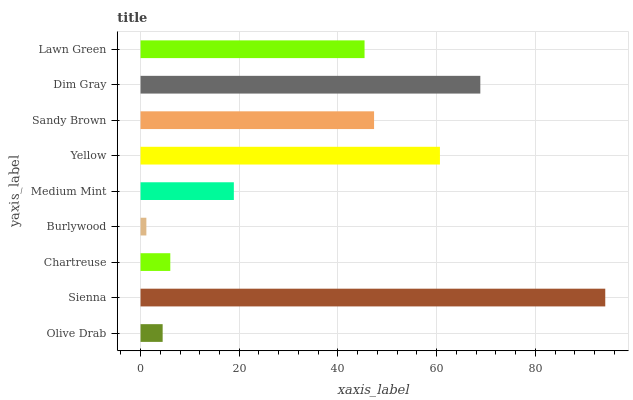
| yaxis_label | bars |
 | --- | --- |
 | Olive Drab | 4.48 |
 | Sienna | 94.2 |
 | Chartreuse | 6.03 |
 | Burlywood | 1.18 |
 | Medium Mint | 18.9 |
 | Yellow | 60.7 |
 | Sandy Brown | 47.3 |
 | Dim Gray | 68.9 |
 | Lawn Green | 45.4 |